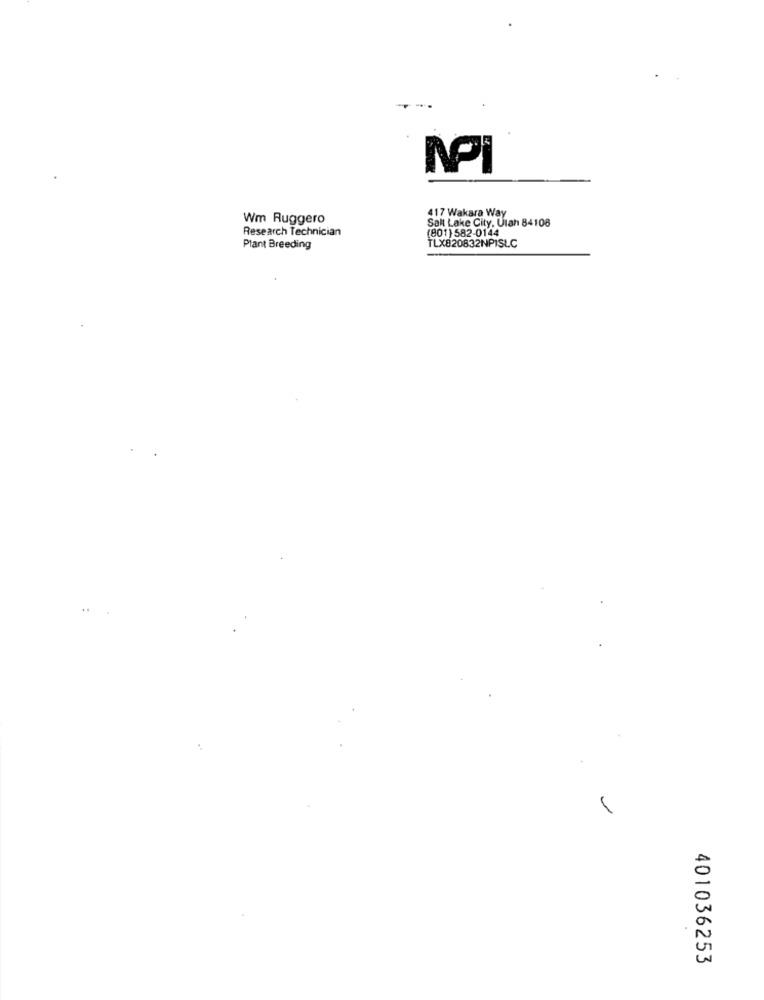
417 Wakara Way
Wm Ruggero
Salt Lake City, Utah 84108
Research Technician
(801) 582-0144
TLX820832NPISLC
Plant Breeding
401036253